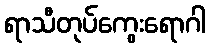
ရာသီတုပ်ကွေးရောဂါ